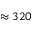
\approx 3 2 0